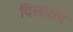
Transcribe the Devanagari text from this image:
दिलातेद